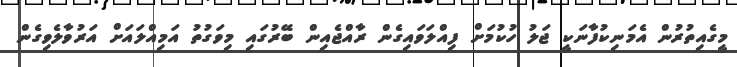
މީގެއިތުރުން އެމަނިކުފާނަކީ ޖަލު ހުކުމަށް ފިއްލަވައިގެން ރާއްޖެއިން ބޭރުގައި މިވަގުތު އަމިއްލައަށް އަރުވާލެވިގެން